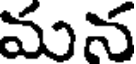
మన